First report of the anti-malarial operations at Mian Mir, 1901-1903 - Number 6
Year: 1901
Disease focus: Malaria
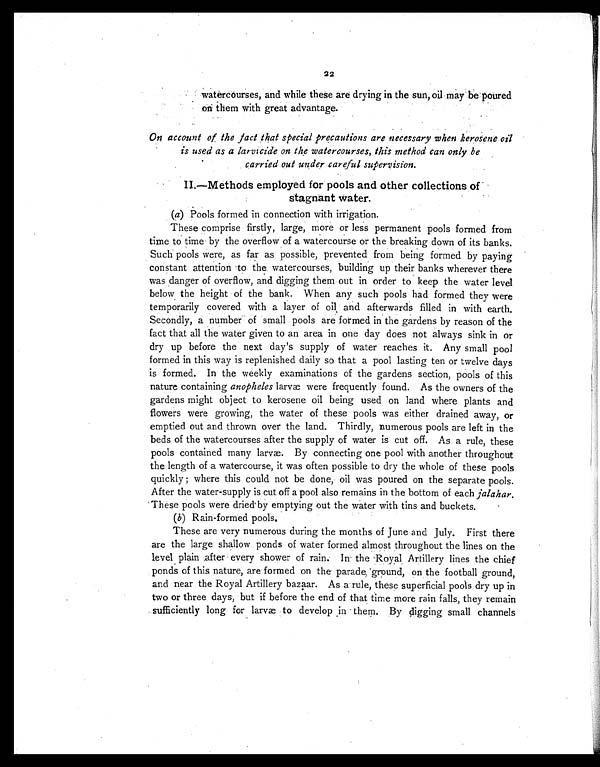
22
watercourses, and while these are drying in the sun, oil may be poured
on them with great advantage.
On account of the fact that special precautions are necessary when kerosene oil
is used as a larvicide on the watercourses, this method can only be
carried out under careful supervision.
II.—Methods employed for pools and other collections of
stagnant water.
(a) Pools formed in connection with irrigation.
These comprise firstly, large, more or less permanent pools formed from
time to time by the overflow of a watercourse or the breaking down of its banks.
Such pools were, as far as possible, prevented from being formed by paying
constant attention to the watercourses, building up their banks wherever there
was danger of overflow, and digging them out in order to keep the water level
below the height of the bank. When any such pools had formed they were
temporarily covered with a layer of oil and afterwards filled in with earth.
Secondly, a number of small pools are formed in the gardens by reason of the
fact that all the water given to an area in one day does not always sink in or
dry up before the next day's supply of water reaches it. Any small pool
formed in this way is replenished daily so that a pool lasting ten or twelve days
is formed. In the weekly examinations of the gardens section, pools of this
nature containing anopheles larvæ were frequently found. As the owners of the
gardens might object to kerosene oil being used on land where plants and
flowers were growing, the water of these pools was either drained away, or
emptied out and thrown over the land. Thirdly, numerous pools are left in the
beds of the watercourses after the supply of water is cut off. As a rule, these
pools contained many larvæ. By connecting one pool with another throughout
the length of a watercourse, it was often possible to dry the whole of these pools
quickly ; where this could not be done, oil was poured on the separate pools.
After the water-supply is cut off a pool also remains in the bottom of each jalahar .
These pools were dried by emptying out the water with tins and buckets.
( b) Rain-formed pools.
These are very numerous during the months of June and July. First there
are the large shallow ponds of water formed almost throughout the lines on the
level plain after every shower of rain. In the Royal Artillery lines the chief
ponds of this nature, are formed on the parade, ground, on the football ground,
and near the Royal Artillery bazaar. As a rule, these superficial pools dry up in
two or three days, but if before the end of that time more rain falls, they remain
sufficiently long for larvæ to develop in them. By digging small channels